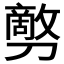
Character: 𰅇